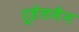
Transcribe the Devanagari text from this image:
रूहेलमैन